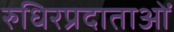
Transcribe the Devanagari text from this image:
रुधिरप्रदाताओं